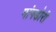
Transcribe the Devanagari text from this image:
मांगडोरी